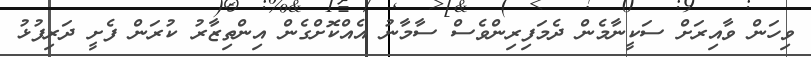
ވިހަން ވާއިރަށް ސަކީނާމެން ދެމަފިރިންވެސް ސާމާނު އެއްކޮށްގެން އިންތިޒާރު ކުރަން ފެށީ ދަރިފުޅު